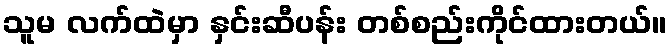
သူမ လက်ထဲမှာ နှင်းဆီပန်း တစ်စည်းကိုင်ထားတယ်။